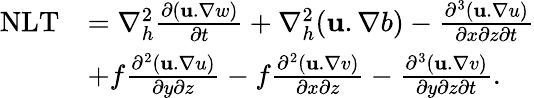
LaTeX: \begin{array}{rl}{\textnormal{NLT}}&{=\nabla_{h}^{2}\frac{\partial(\textbf{u}.\nabla w)}{\partial t}+\nabla_{h}^{2}(\textbf{u}.\nabla b)-\frac{\partial^{3}(\textbf{u}.\nabla u)}{\partial x\partial z\partial t}}\\ &{+f\frac{\partial^{2}(\textbf{u}.\nabla u)}{\partial y\partial z}-f\frac{\partial^{2}(\textbf{u}.\nabla v)}{\partial x\partial z}-\frac{\partial^{3}(\textbf{u}.\nabla v)}{\partial y\partial z\partial t}.}\end{array}